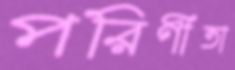
পরিণীতা